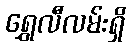
ရွှေလီလမ်းရှိ